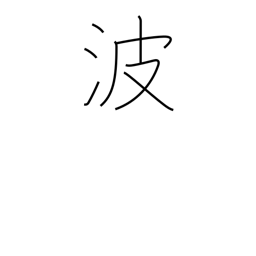
Meaning: Poland